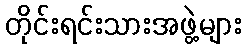
တိုင်းရင်းသားအဖွဲ့များ